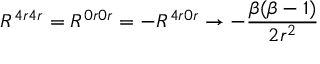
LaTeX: R ^ { 4 r 4 r } = R ^ { 0 r 0 r } = - R ^ { 4 r 0 r } \rightarrow - \frac { \beta ( \beta - 1 ) } { 2 r ^ { 2 } }